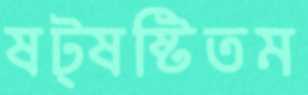
ষট্‌ষষ্টিতম